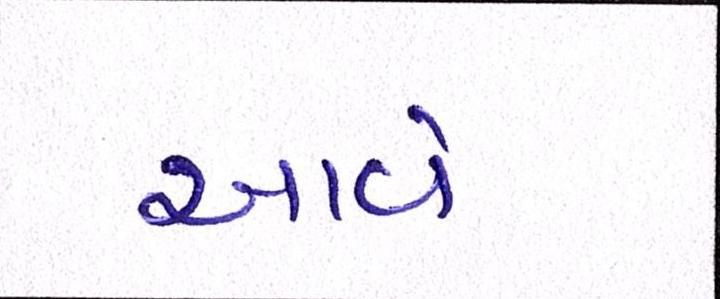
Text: આવેઃ